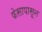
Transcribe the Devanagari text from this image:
फेसापासून